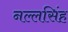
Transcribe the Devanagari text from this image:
नल्लसिंह